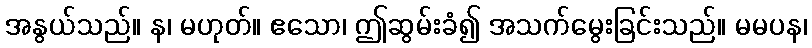
အနွယ်သည်။ န၊ မဟုတ်။ ဧသော၊ ဤဆွမ်းခံ၍ အသက်မွေးခြင်းသည်။ မမပန၊